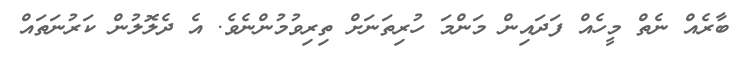
ބާރެއް ނެތް މީހެއް ފަދައިން މަންމަ ހުރިތަނަށް ތިރިވުމުންނެވެ. އެ ދެލޮލުން ކަރުނަތައް